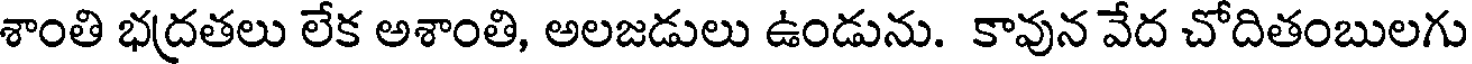
శాంతి భద్రతలు లేక అశాంతి, అలజడులు ఉండును. కావున వేద చోదితంబులగు